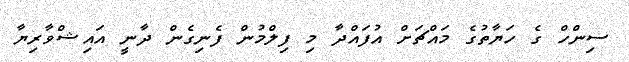
ސިންހް ގެ ހަޔާތުގެ މައްޗަށް އުފައްދާ މި ފިލްމުން ފެނިގެން ދާނީ އައިޝްވާރިޔާ